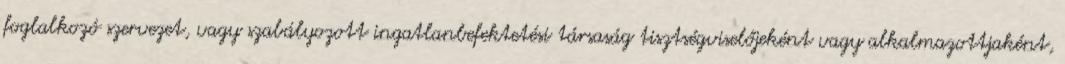
foglalkozó szervezet, vagy szabályozott ingatlanbefektetési társaság tisztségviselőjeként vagy alkalmazottjaként,